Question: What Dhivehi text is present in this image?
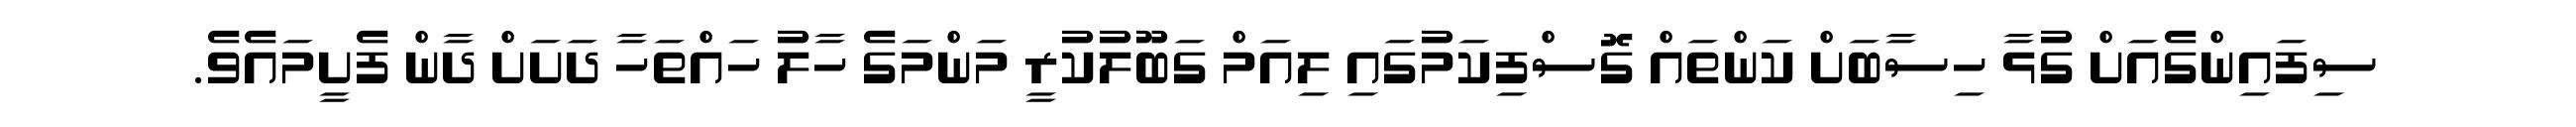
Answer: ސިފައިންގެއަށް ގުޅާ ހިސާބަށް ކަންތައް ގޮސްފިކަމުގައި ލިއަމް ގަބޫލުކުރީ މަންމަގެ ހާލު ހައްތަހާ ދަށަށް ދާން ފެށީމައެވެ.